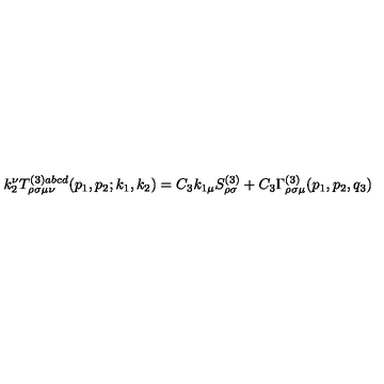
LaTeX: k _ { 2 } ^ { \nu } T _ { \rho \sigma \mu \nu } ^ { ( 3 ) a b c d } ( p _ { 1 } , p _ { 2 } ; k _ { 1 } , k _ { 2 } ) = C _ { 3 } k _ { 1 \mu } S _ { \rho \sigma } ^ { ( 3 ) } + C _ { 3 } \Gamma _ { \rho \sigma \mu } ^ { ( 3 ) } ( p _ { 1 } , p _ { 2 } , q _ { 3 } )